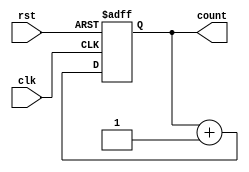
module async_reset_sync_counter #(
    parameter N = 4  // Parameter for the number of bits in the counter
)(
    input wire clk,   // Clock input
    input wire rst,   // Asynchronous reset input
    output reg [N-1:0] count // N-bit counter output
);

// Asynchronous reset logic
always @(posedge clk or posedge rst) begin
    if (rst) begin
        count <= 0; // Reset the counter to zero
    end else begin
        count <= count + 1; // Increment the counter on clock edge
    end
end

endmodule